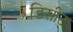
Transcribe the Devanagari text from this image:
डिसीट